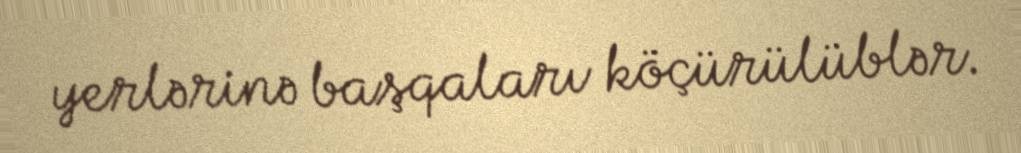
yerlərinə başqaları köçürülüblər.